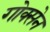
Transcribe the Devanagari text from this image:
गोक्सेन